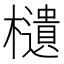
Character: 𣟧